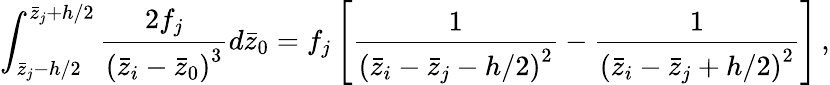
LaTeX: \int_{\bar{z}_{j}-h/2}^{\bar{z}_{j}+h/2}\frac{2f_{j}}{\left(\bar{z}_{i}-\bar{z}_{0}\right)^{3}}d\bar{z}_{0}=f_{j}\left[\frac{1}{\left(\bar{z}_{i}-\bar{z}_{j}-h/2\right)^{2}}-\frac{1}{\left(\bar{z}_{i}-\bar{z}_{j}+h/2\right)^{2}}\right]\, ,